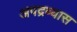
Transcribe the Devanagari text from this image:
अपद्रव्यास